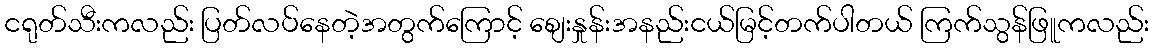
ငရုတ်သီးကလည်း ပြတ်လပ်နေတဲ့အတွက်ကြောင့် စျေးနှုန်းအနည်းငယ်မြင့်တက်ပါတယ် ကြက်သွန်ဖြူကလည်း